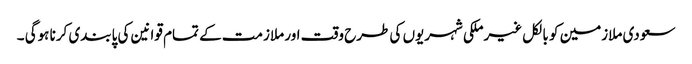
سعودی ملازمین کو بالکل غیرملکی شہریوں کی طرح وقت اور ملازمت کے تمام قوانین کی پابندی کرنا ہوگی ۔